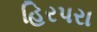
હિરપરા